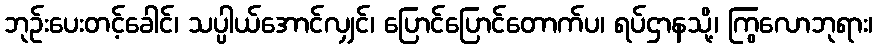
ဘုဉ်းပေးတင့်ခေါင်၊ သပ္ပါယ်အောင်လျှင်၊ ပြောင်ပြောင်တောက်ပ၊ ရပ်ဌာနသို့၊ ကြွလောဘုရား၊